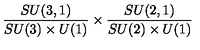
\frac { S U ( 3 , 1 ) } { S U ( 3 ) \times U ( 1 ) } \times \frac { S U ( 2 , 1 ) } { S U ( 2 ) \times U ( 1 ) }